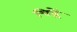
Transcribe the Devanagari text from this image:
चिह्नें